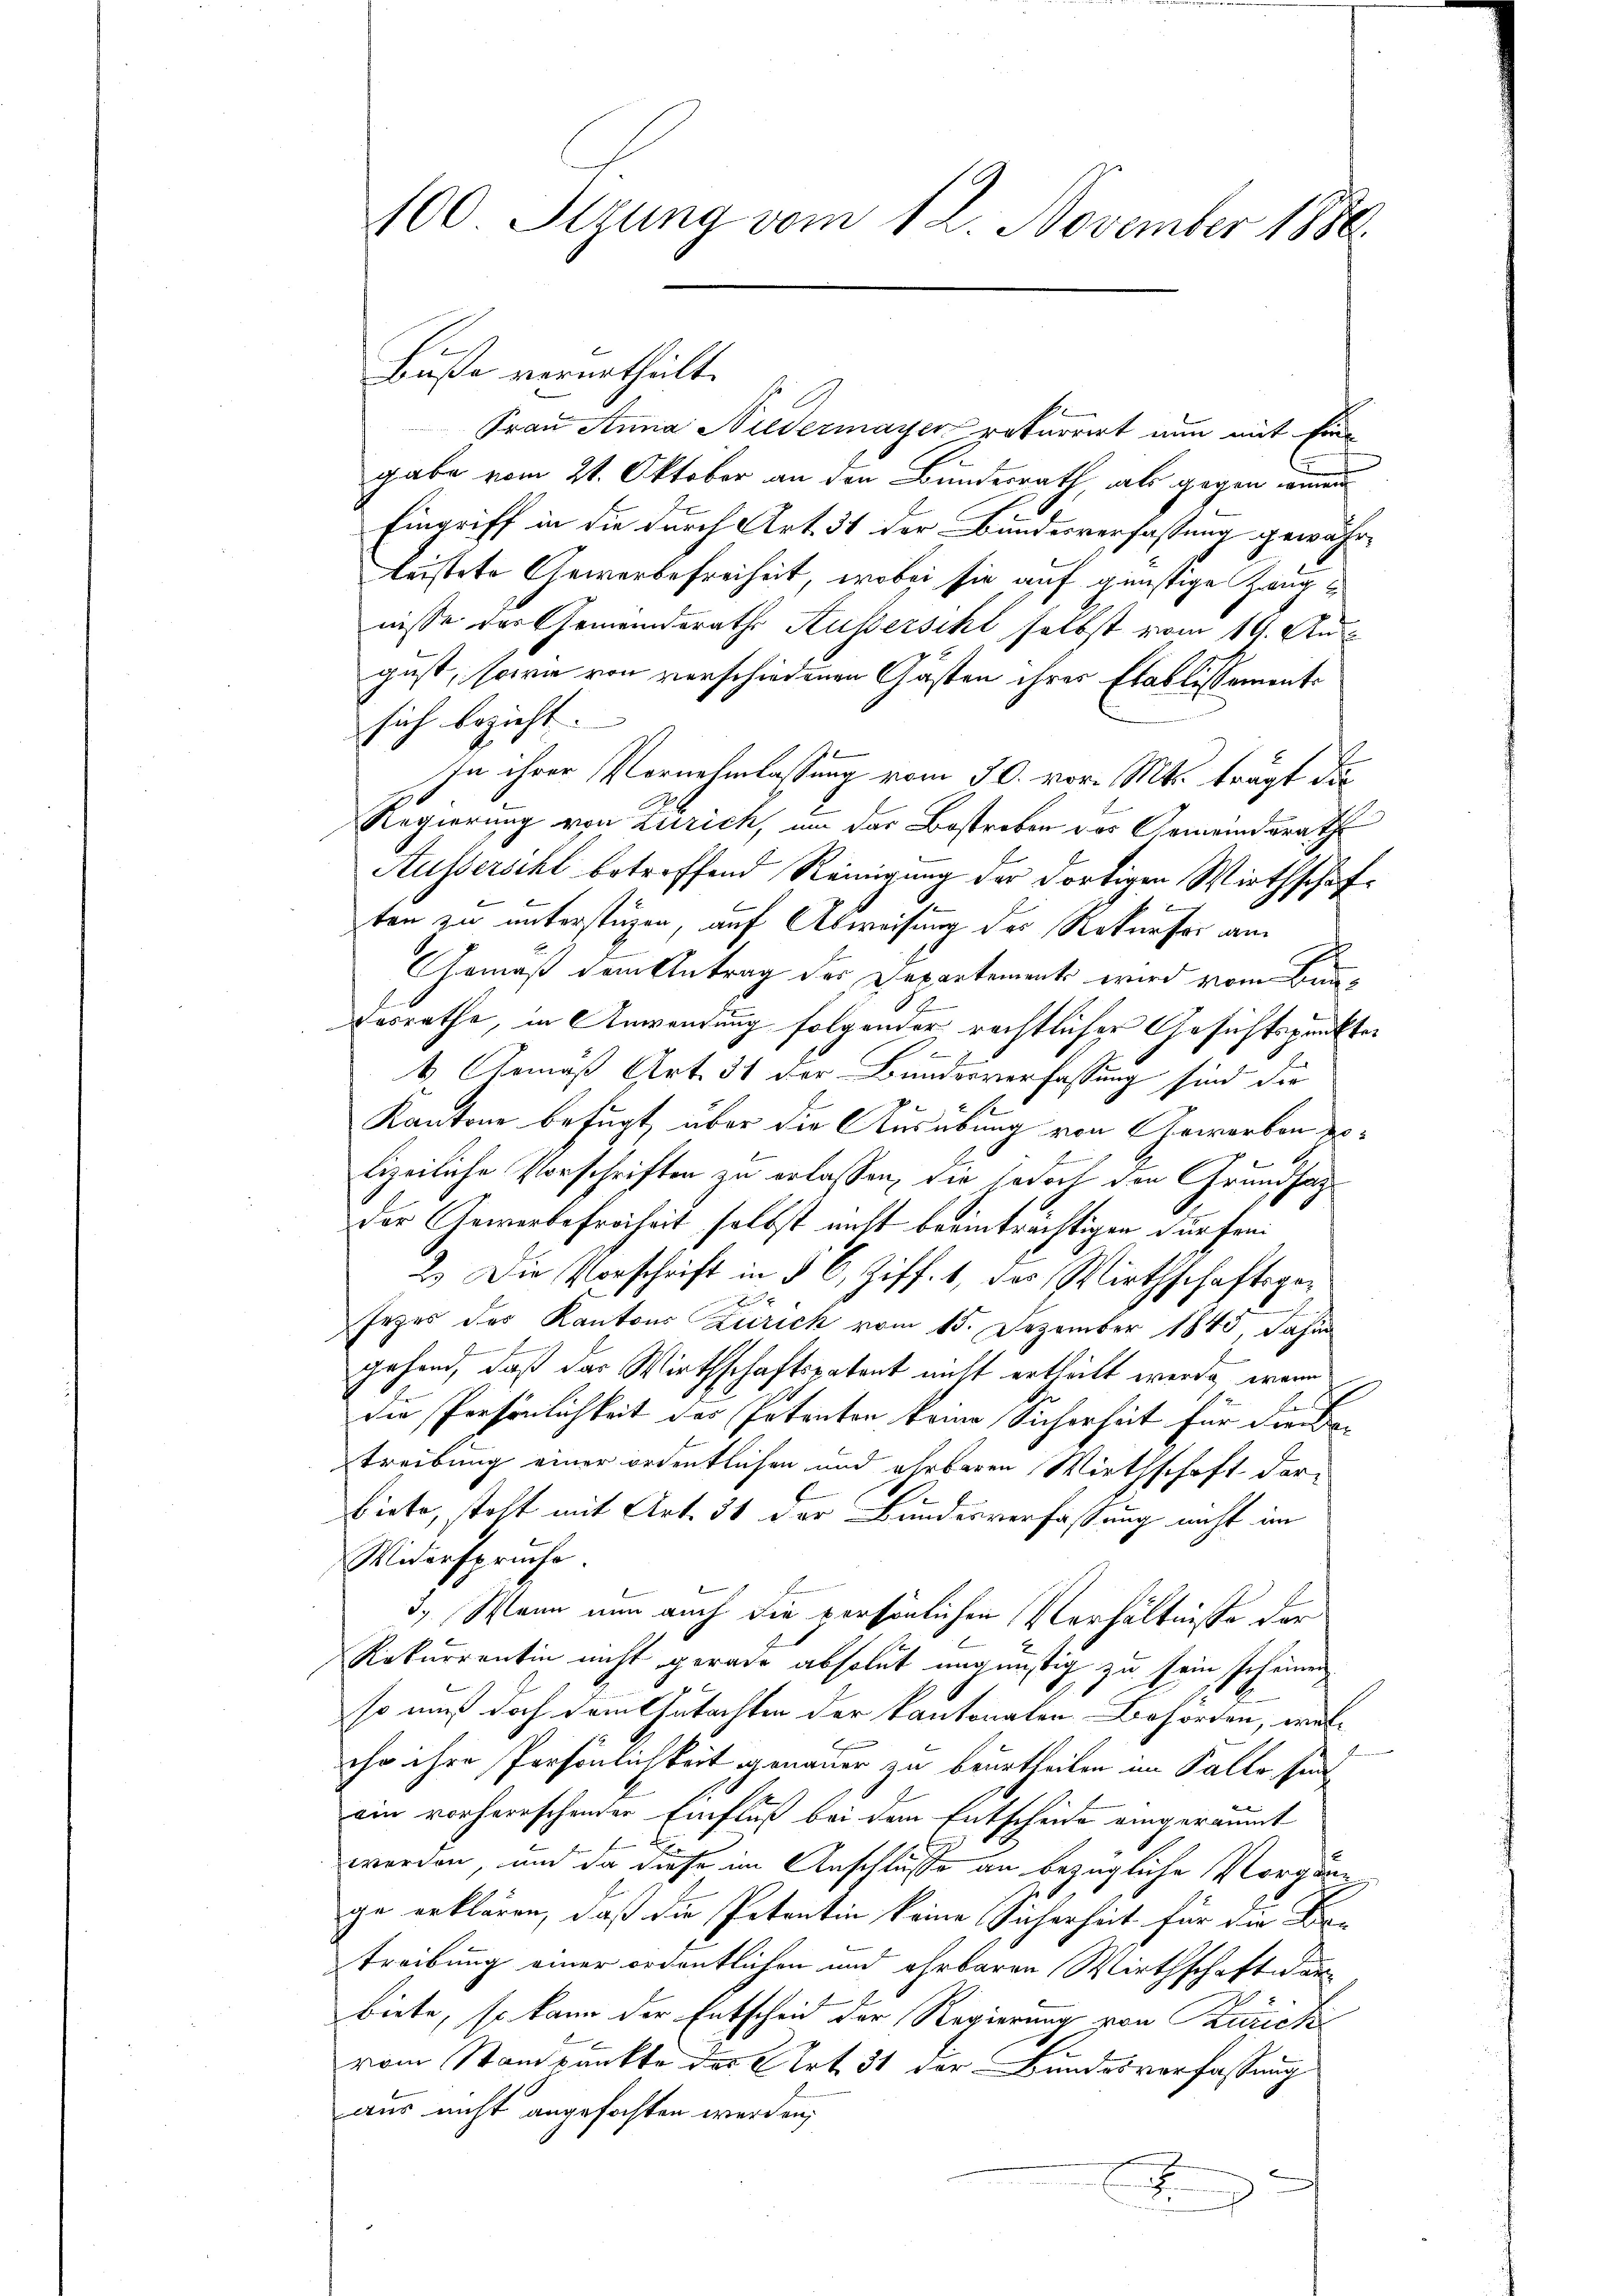
Buße verurtheilt.
Frau Anna Niedermayer rekurrirt nun mit Eingabe vom 21. Oktober an den Bundesrath, als gegen in
Eingriff in die durch Art. 31 der Bundesverfassung gewährleistete Gewerbefreiheit, wobei sie auf günstige Zwegnisse der Gemeindsrath Ausserscht selbst vom 19. Aus
gust, sowie von verschiedenen Gästen ihres Etablissements
sich bezicht.
In ihrer Vernehmlassung vom 30. vor. Mts. trägt di
Regierung von Zürich, um das Bestreben das Gemeindsrath
Ausserschl betreffend Reinigung der dortigen Wirthschaften zu unterstüzen, auf Abweisung des Rekurser am
Gemäß dem Antrag des Departements wird vom Bun
desrathe, in Anwendung folgender rechtlicher Gesichtspunkter
1 Gemäß Art. 31 der Bundesverfassung sind die
Kantone befugt, über die Ausübung von Geworben plizeiliche Vorschriften zu erlassen, die jedoch den Grundsat
Der Gewerbefreiheit selbst nicht beeinträchtigen dürfen¬
2.) Die Vorschrift in § 6, Ziff. 1, das Wirthschaftsgex
c
sezes des Kantons Zürich vom 15. Dezember 1840, dahin
gehend, daß das Wirthschaftspatent nicht ertheilt werde, wenn
b
die Persönlichkeit des Petenton keine Sicherheit für die Be¬
Treibung einer ordentlichen und ehrbaren Wirthschaft der¬
E
biete, stolt mit Art. 31 der Bundesverfassung nicht im
Widerspruche.
3.) Mann nun auch die persönlichen Verhältnisse der
Rekurrentin nicht gerade absolut ungünstig zu sein scheinen
so muß doch dem Gutachten der kantonalen Behörden, wel-

chr ihre Persönlichkeit genauer zu beurtheilen im Falle sind
ein vorherrschender Einfluß bei dem Entscheide eingeräumt
E
worden, und da diese im Anschlüsse an bezügliche Vorgän
ge erklären, daß die Petentin keine Sicherheit für die Be-
Treibung einer ordentlichen und ehrbaren Wirthschaft an
biete, so kann der Entscheid der Regierung von Zurick
vom Standpunkte des Art. 31 der Bundesverfassung
aus nicht angefochten werden,
d

100. Sizung vom 12. November 1886